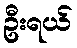
ဦးရယ်